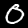
Label: 0